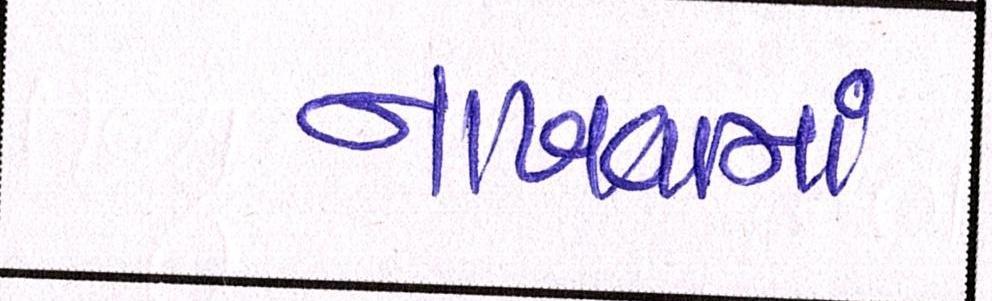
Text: નાખવામાં